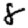
Digit: 8